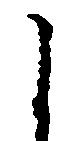
よ